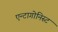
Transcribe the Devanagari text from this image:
एन्टागोनिस्ट